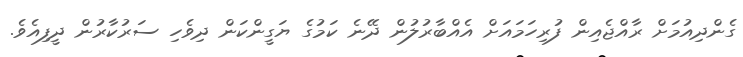
ގެންދިއުމަށް ރާއްޖެއިން ފުރިހަމައަށް އެއްބާރުލުން ދޭނެ ކަމުގެ ޔަގީންކަން ދިވެހި ސަރުކާރުން ދީފިއެވެ.